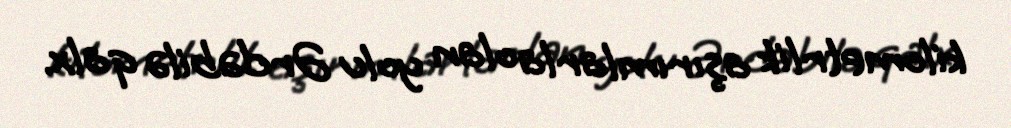
kilometrlik aşırımlarla olan yolu Ərdəbilə qalx.